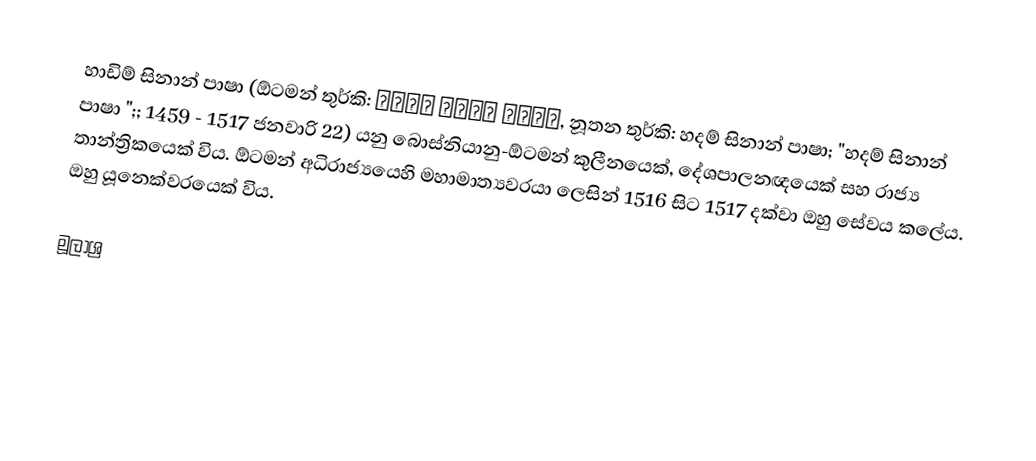
හාඩිම් සිනාන් පාෂා (ඕටමන් තුර්කි: خادم سنان پاشا, නූතන තුර්කි: හදම් සිනාන් පාෂා; "හදම් සිනාන් පාෂා ";; 1459 - 1517 ජනවාරි 22) යනු බොස්නියානු-ඕටමන් කුලීනයෙක්, දේශපාලනඥයෙක් සහ රාජ්‍ය තාන්ත්‍රිකයෙක් විය. ඕටමන් අධිරාජ්‍යයෙහි මහාමාත්‍යවරයා ලෙසින් 1516 සිට 1517 දක්වා ඔහු සේවය කලේය. ඔහු යූනෙක්වරයෙක් විය.

මූලාශ්‍ර